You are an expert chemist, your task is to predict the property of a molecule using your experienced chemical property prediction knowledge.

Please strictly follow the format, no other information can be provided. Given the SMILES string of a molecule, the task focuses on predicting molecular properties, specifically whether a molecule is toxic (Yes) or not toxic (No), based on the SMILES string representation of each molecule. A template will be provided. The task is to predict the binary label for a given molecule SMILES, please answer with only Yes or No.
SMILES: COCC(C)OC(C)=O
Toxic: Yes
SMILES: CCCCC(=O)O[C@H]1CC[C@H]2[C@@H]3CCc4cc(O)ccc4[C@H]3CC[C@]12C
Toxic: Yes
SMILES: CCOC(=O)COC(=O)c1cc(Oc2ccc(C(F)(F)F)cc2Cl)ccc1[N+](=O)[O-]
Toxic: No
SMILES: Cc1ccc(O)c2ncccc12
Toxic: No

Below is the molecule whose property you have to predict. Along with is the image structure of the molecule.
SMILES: Cc1ccc(-c2nc3ccc(C)cn3c2CC(=O)N(C)C)cc1
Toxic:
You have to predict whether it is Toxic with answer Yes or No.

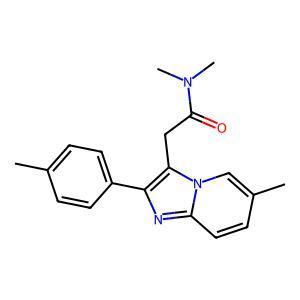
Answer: Yes